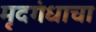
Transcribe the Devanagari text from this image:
मृदगंधाचा